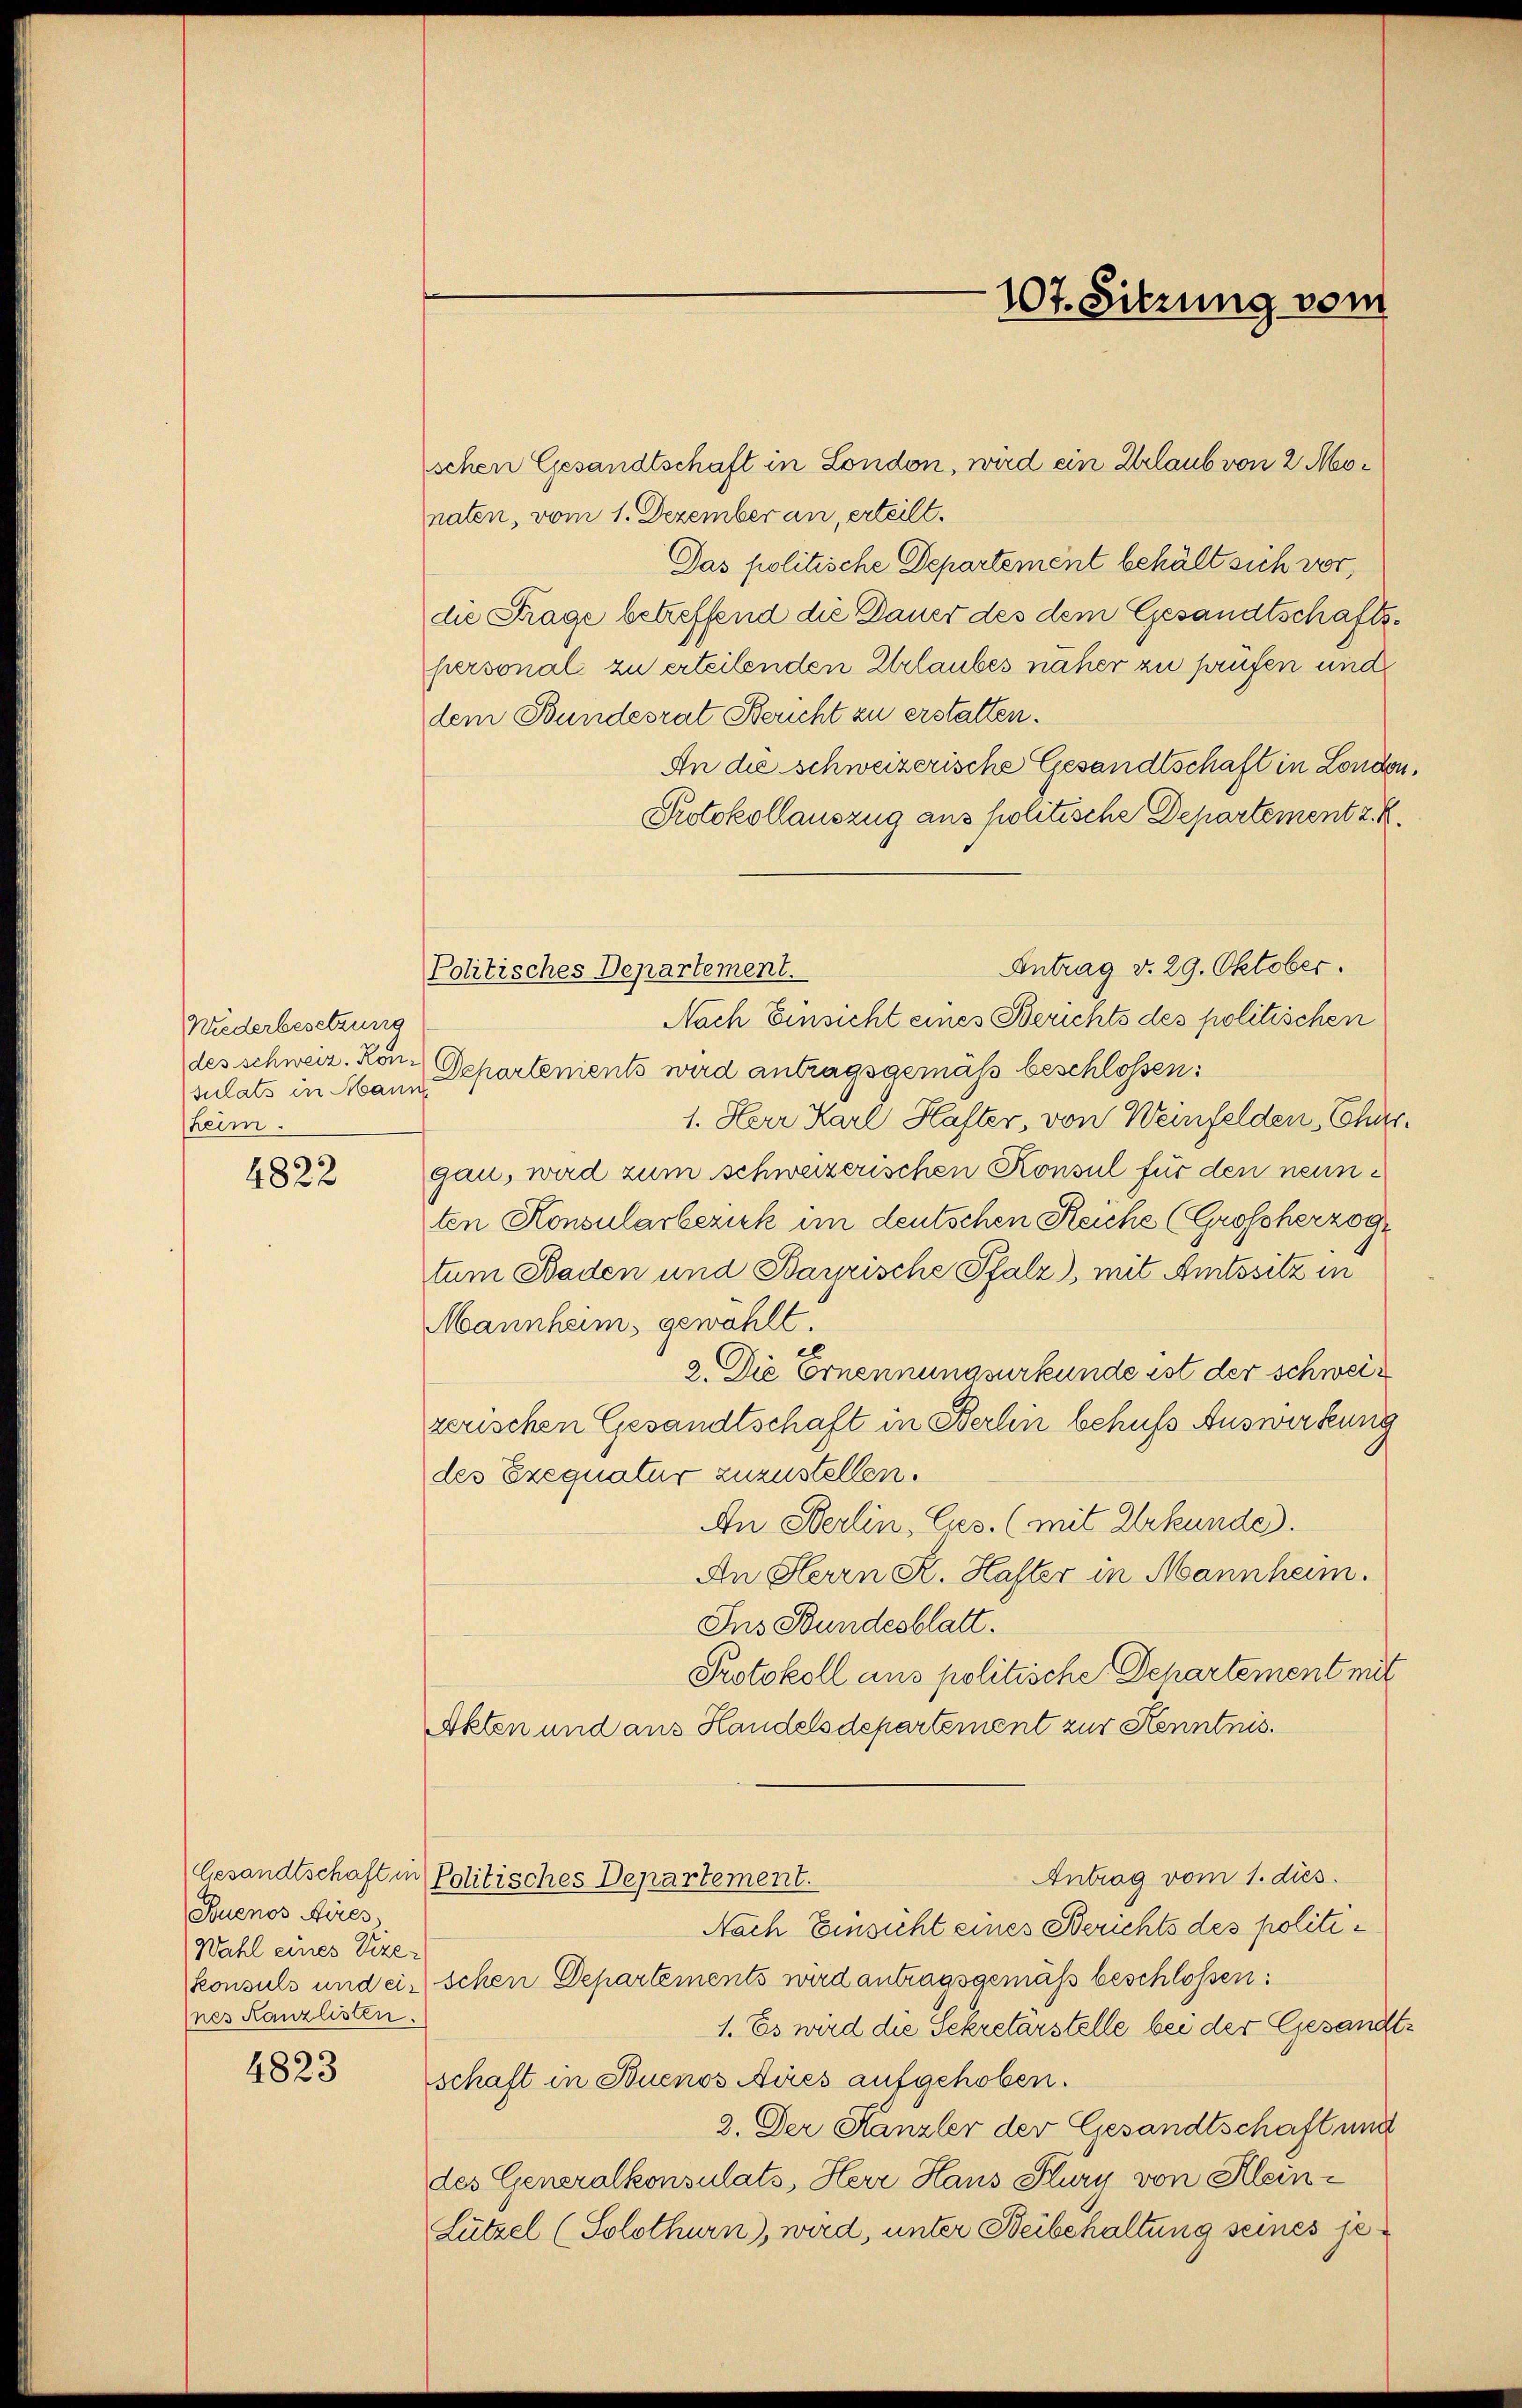
Niederbesetzung
sulats in Mann
heim.

4822

Buenos Aires
Wahl eines Vize-
nes Kanzlisten.

4823

schen Gesandtschaft in London, wird ein Urlaub von 2 Monaten, vom 1. Dezember an, erteilt.
Das politische Departement behält sich vor,
die Frage betreffend die Dauer des dem Gesandtschaftspersonal zu erteilenden Urlaubes näher zu prüfen und
dem Bundesrat Bericht zu erstatten.
An die schweizerische Gesandtschaft in London.
Protokollauszug aus politische Departement z. B.
Nach Einsicht eines Berichts des politischen
des schweiz. Kon-Departenients wird antragsgemäß beschlossen:
1. Herr Karl Hafter, von Weinfelden Chargau, wird zum schweizerischen Konsul für den neunten Konsularbezuk im deutschen Reiche (Großherzog
tum Baden und Bayrische Pfalz), mit Amtssitz in
Mannheim, gewählt.
el
2. Die Ernennungsurkunde ist der schweizerischen Gesandtschaft in Berlin behufs Auswirkung
des Exequatur zuzustellen.
An Sterlin, Cis. (mit Urkunde.
An Herrn K. Haster in Mannheim.
Ins Bundesblatt.
Protokoll aus politische Departement mit
Akten und aus Handelsdepartement zur Kenntnis.
Antrag vom 1. dies
Gesandtschaft in Politisches Departement.
Nach Einsicht eines Berichts des politikonsuls und ein schen Departements wird antragsgemäß beschlossen:
1. Es wird die Sekretärstelle bei der Gesandtschaft in Buenos Aires aufgehoben.
2. Der Kanzler der Gesandtschaft und
des Generalkonsulats, Herr Haus Flury von Klein¬
Lützel (Solothurn), wird, unter Beibehaltung seines je¬

107. Sitzung vom

Antrag v. 29. Oktober.
Politisches Departement.